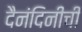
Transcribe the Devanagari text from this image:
दैनंदिनीची